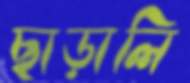
ছাড়ালি